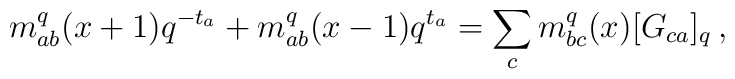
m^{q}_{ab}(x+1)q^{-t_{a}}+m^{q}_{ab}(x-1)q^{t_{a}}=\sum_{c}m^{q}_{bc}(x)[G_{ca}]_{q}\,,